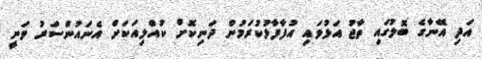
އަދި އޭނާގެ ބޮލުގައި ތާޖު އަޅުވައި އުފާފާޅުކުރަމުން ދަނިކޮށް ކުއްލިއަކަށް އެނައުންސަރު ވަނީ